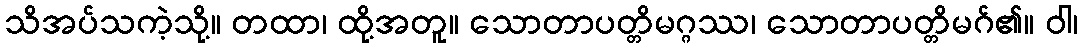
သိအပ်သကဲ့သို့။ တထာ၊ ထို့အတူ။ သောတာပတ္တိမဂ္ဂဿ၊ သောတာပတ္တိမဂ်၏။ ဝါ၊